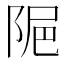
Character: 𨹣